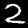
Digit: 2